Senior Leaving Certificate, 1939
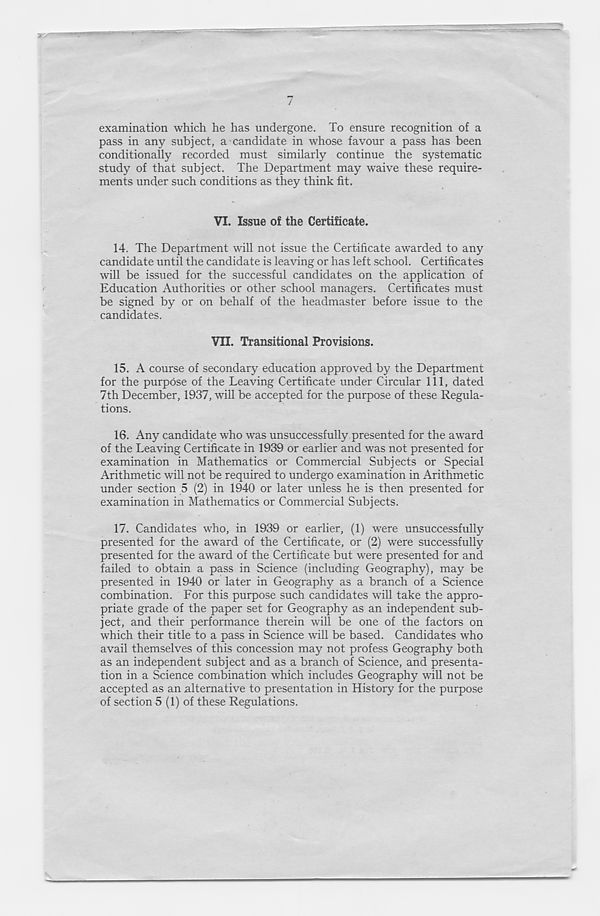
examination which he has undergone. To ensure recognition of a
pass in any subject, a candidate in whose favour a pass has been
conditionally recorded must similarly continue the systematic
study of that subject. The Department may waive these require-
ments under such conditions as they think fit.
VI. Issue of the Certificate.
14.
The Department will not issue the Ce
candidate until the candidate is leaving or has left school. Certificates
will be issued for the successful candidates on the application of
Education Authorities or other school managers. Certificates must
be signed by or on behalf of the headmaster before issue to the
candidates.
VII. Transitional Provisions.
15. A course of secondary education approved by the Department
for the purpose of the Leaving Certificate under Circular 111, dated
7th December, 1937, will be accepted for the purpose of these Regula-
tions.
16. Any candidate who was unsuccessfully presented for the award
of the Leaving Certificate in 1939 or earlier and was not presented for
examination in Mathematics or Commercial Subjects or Special
Arithmetic will not be required to undergo examination in Arithmetic
under section 5 (2) in 1940 or later unless he is then presented for
examination in Mathematics or Commercial Subjects.
17. Candidates who, in 1939 or earlier, (1) were unsuccessfully
presented for the award of the Certificate, or (2) were successfully
presented for the award of the Certificate but were presented for and
failed to obtain a pass in Science (including Geography), may be
presented in 1940 or later in Geography as a branch of a Science
combination. For this purpose such candidates will take the appro-
priate grade of the paper set for Geography as an independent sub-
ject, and their performance therein will be one of the factors on
which their title to a pass in Science will be based. Candidates who
avail themselves of this concession may not profess Geography both
as an independent subject and as a branch of Science, and presenta-
tion in a Science combination which includes Geography will not be
accepted as an alternative to presentation in History for the purpose
of section 5 (1) of these Regulations.